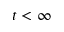
t < \infty